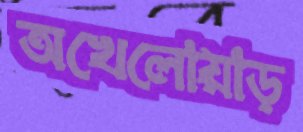
অখেলোয়াড়